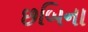
છબિના